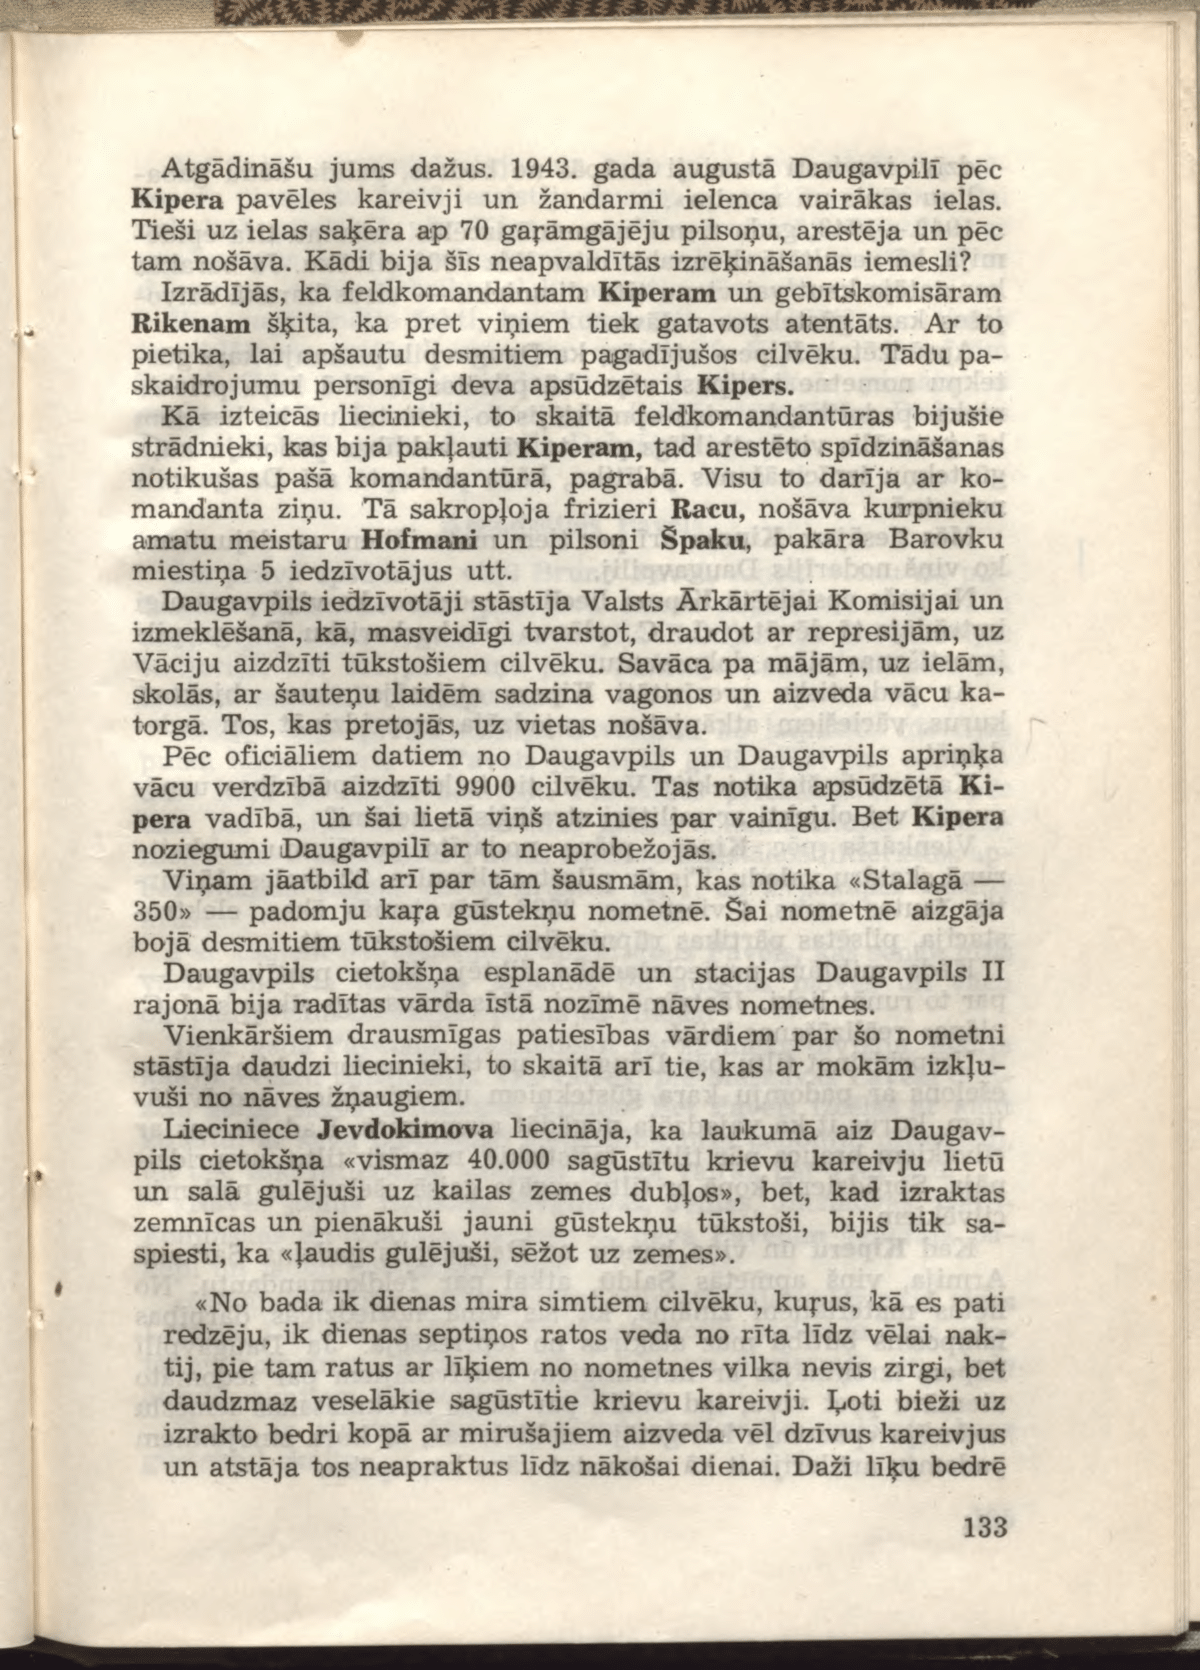
Language: lv